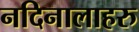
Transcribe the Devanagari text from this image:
नदिनालाहरु